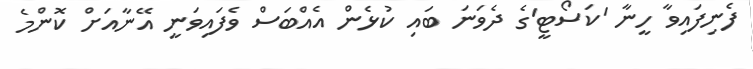
ފެނިފައިވާ ހީނާ 'ކަސޯޓީ'ގެ ދެވަނަ ބައި ކުޅެން އެއްބަސް ވެފައިވަނީ އޭނާއަށް ކޮންމެ